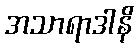
အသာရာဒါနိ